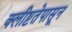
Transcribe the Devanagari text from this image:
क्लीष्टतेपासून